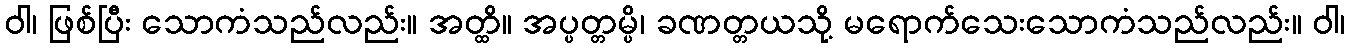
ဝါ၊ ဖြစ်ပြီး သောကံသည်လည်း။ အတ္ထိ။ အပ္ပတ္တမ္ပိ၊ ခဏတ္တယသို့ မရောက်သေးသောကံသည်လည်း။ ဝါ၊